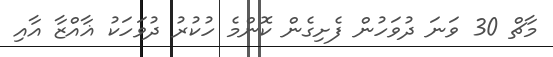
މާޗް 30 ވަނަ ދުވަހުން ފެށިގެން ކޮންމެ ހުކުރު ދުވަހަކު ޣާއްޒާ އާއި